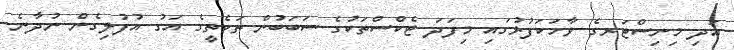
އަދި މިނިސްޓަރގެ ވާހަކަފުޅުގައި މިފަދަ ޓެކްސްތަކުގެ ސަބަބުން ތަކެތީގެ އަގު އުފުލިގެން ނުދާނެ